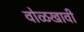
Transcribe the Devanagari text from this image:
वोळखावी